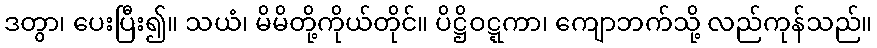
ဒတွာ၊ ပေးပြီး၍။ သယံ၊ မိမိတို့ကိုယ်တိုင်။ ပိဋ္ဌိဝဋ္ဋကာ၊ ကျောဘက်သို့ လည်ကုန်သည်။